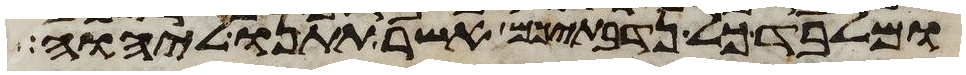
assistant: ומלבד כל נדבתיכם אשר תתנו ליהוה